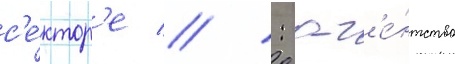
с'е́ктор'е // : аг'е́нтство